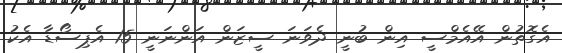
އެގޮތުން އޭއެމްސީ އިން ބުނީ ދެވަނަ ސީޒަން އަންނަނީ 15 އެޕިސޯޑާ އެކު